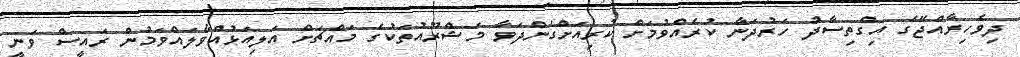
ދިވެހިރާއްޖޭގެ އިގްތިސާދު ހަރުދަނާ ކުރެއްވުމަށް ކުރިއަށްގެންދަވާ މަޝްރޫއުތަކުގެ މައްޗަށް އަލިއަޅުއްވާލައްވަމުން ރައީސް ވަނީ